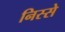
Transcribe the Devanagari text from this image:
निस्से